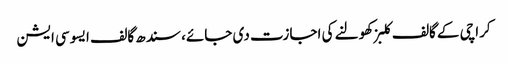
کراچی کے گالف کلبز کھولنے کی اجازت دی جائے، سندھ گالف ایسوسی ایشن